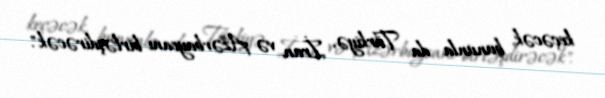
keçəcək, bununla da Türkiyə, İran və Azərbaycanı birləşdirəcək".